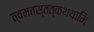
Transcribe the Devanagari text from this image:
त्वमतस्तत्कथयामि